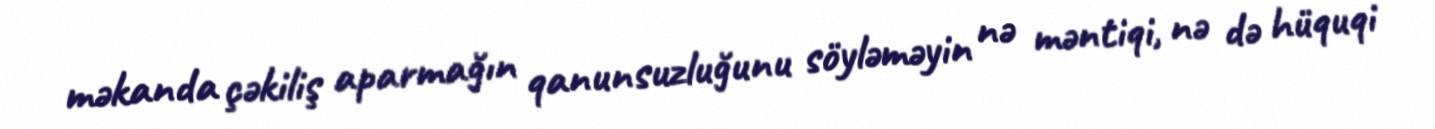
məkanda çəkiliş aparmağın qanunsuzluğunu söyləməyin nə məntiqi, nə də hüquqi